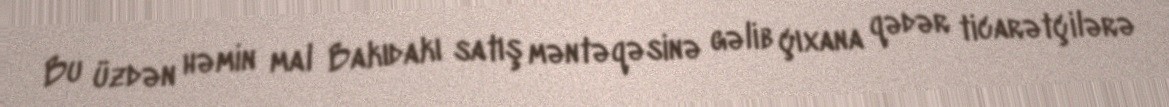
Bu üzdən həmin mal Bakıdakı satış məntəqəsinə gəlib çıxana qədər ticarətçilərə